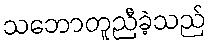
သဘောတူညီခဲ့သည်